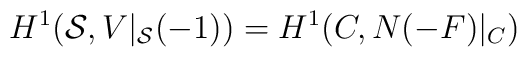
H^1 ({\cal S}, V|_{{\cal S}}(-1)) =H^1 (C, N(-F)|_C)